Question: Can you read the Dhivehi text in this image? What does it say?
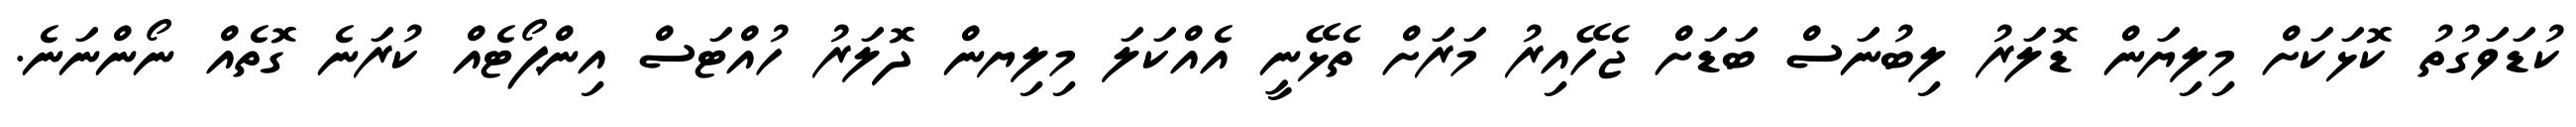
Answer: ކުޑަވަގުތު ކޮޅަކަށް މިލިޔަން ޑޮލަރު ލިބުނަސް ބަޑަށް ޖެހޭއިރު މަރަށް ތެޅޭނީ އެއްކަލަ މިލިޔން ދޮލަރު ހުއްޓަސް އިންޕޯޓެއް ކުރަނެ ގޮތެއް ނޯންނަނެ.